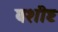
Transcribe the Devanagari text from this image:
वशीष्ट